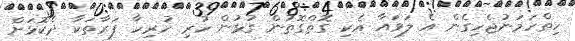
ހިތްހަމަނުޖެހިގެން އެ ލަވައާ އެކި ގޮތްގޮތުން ގުޅުން ހުރި ހުރިހާ ފަރާތަކާ ދެކޮޅަށް